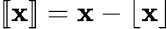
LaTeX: [\! [\mathbf{x}]\! ]=\mathbf{x}-\left\lfloor\mathbf{x}\right\rfloor\!